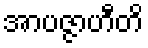
အာပဇ္ဇာဟီတိ